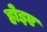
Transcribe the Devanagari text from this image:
होइए